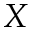
X